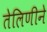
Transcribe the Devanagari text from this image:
तेलिणीने